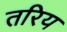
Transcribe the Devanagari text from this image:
तरिय